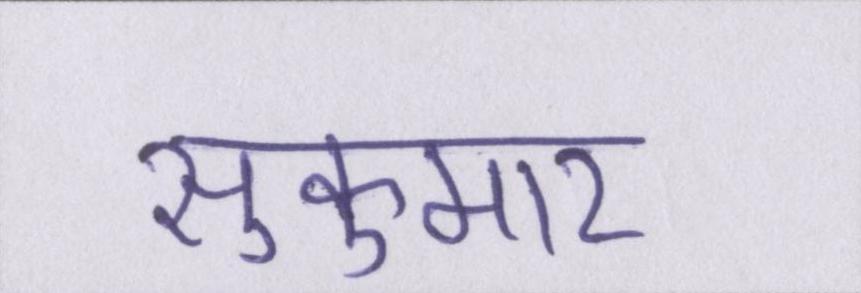
सुकुमार